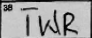
Transcription: TWR